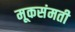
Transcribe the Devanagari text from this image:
मूकसंमती